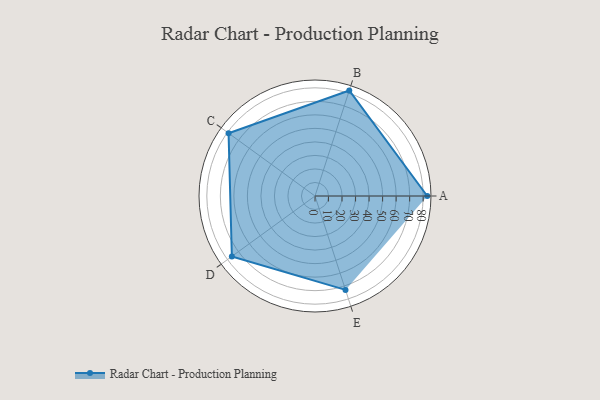
{"axis": {"x": "Skill", "y": "Score"}, "legend": ["Profile"], "data": [{"x": "A", "y": 83.0, "type": "Profile"}, {"x": "B", "y": 82.0, "type": "Profile"}, {"x": "C", "y": 79.0, "type": "Profile"}, {"x": "D", "y": 76.0, "type": "Profile"}, {"x": "E", "y": 73.0, "type": "Profile"}]}